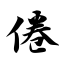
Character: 倦